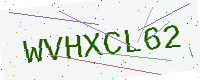
Text: WVHXCL62